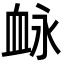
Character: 䘑